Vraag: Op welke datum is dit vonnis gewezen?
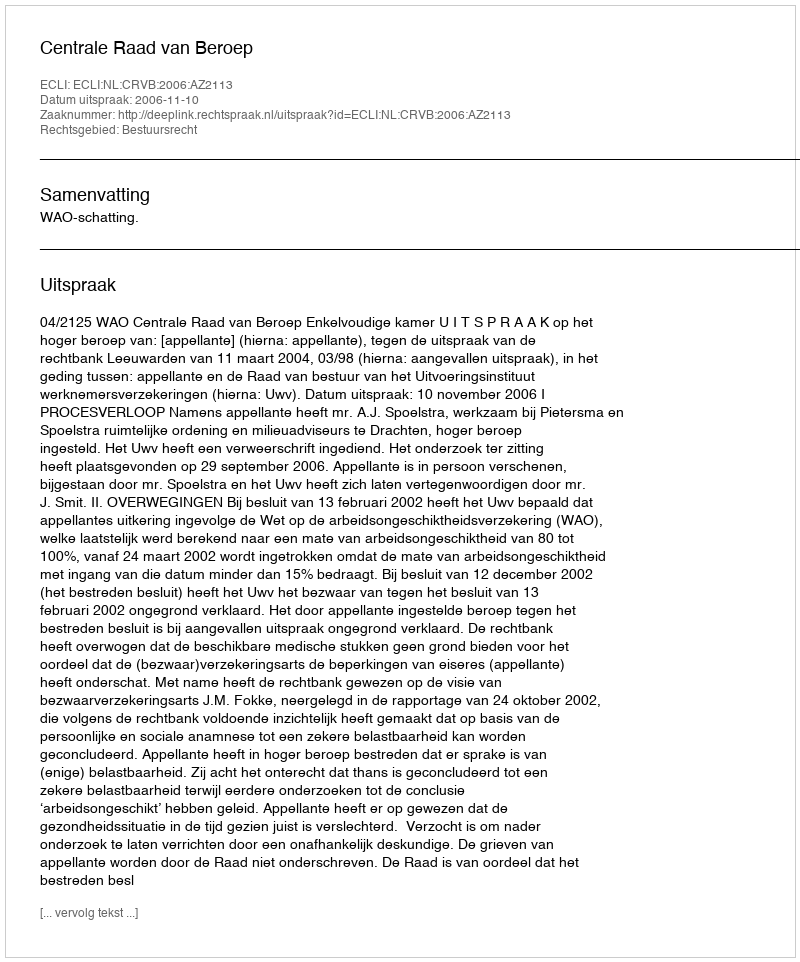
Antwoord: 2006-11-10